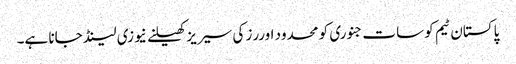
پاکستان ٹیم کو سات جنوری کو محدود اوررز کی سیریز کھیلنے نیوزی لینڈ جانا ہے۔